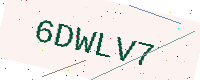
Text: 6DWLV7